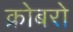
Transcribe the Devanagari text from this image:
क्रोबरो